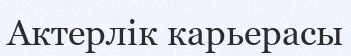
Актерлік карьерасы